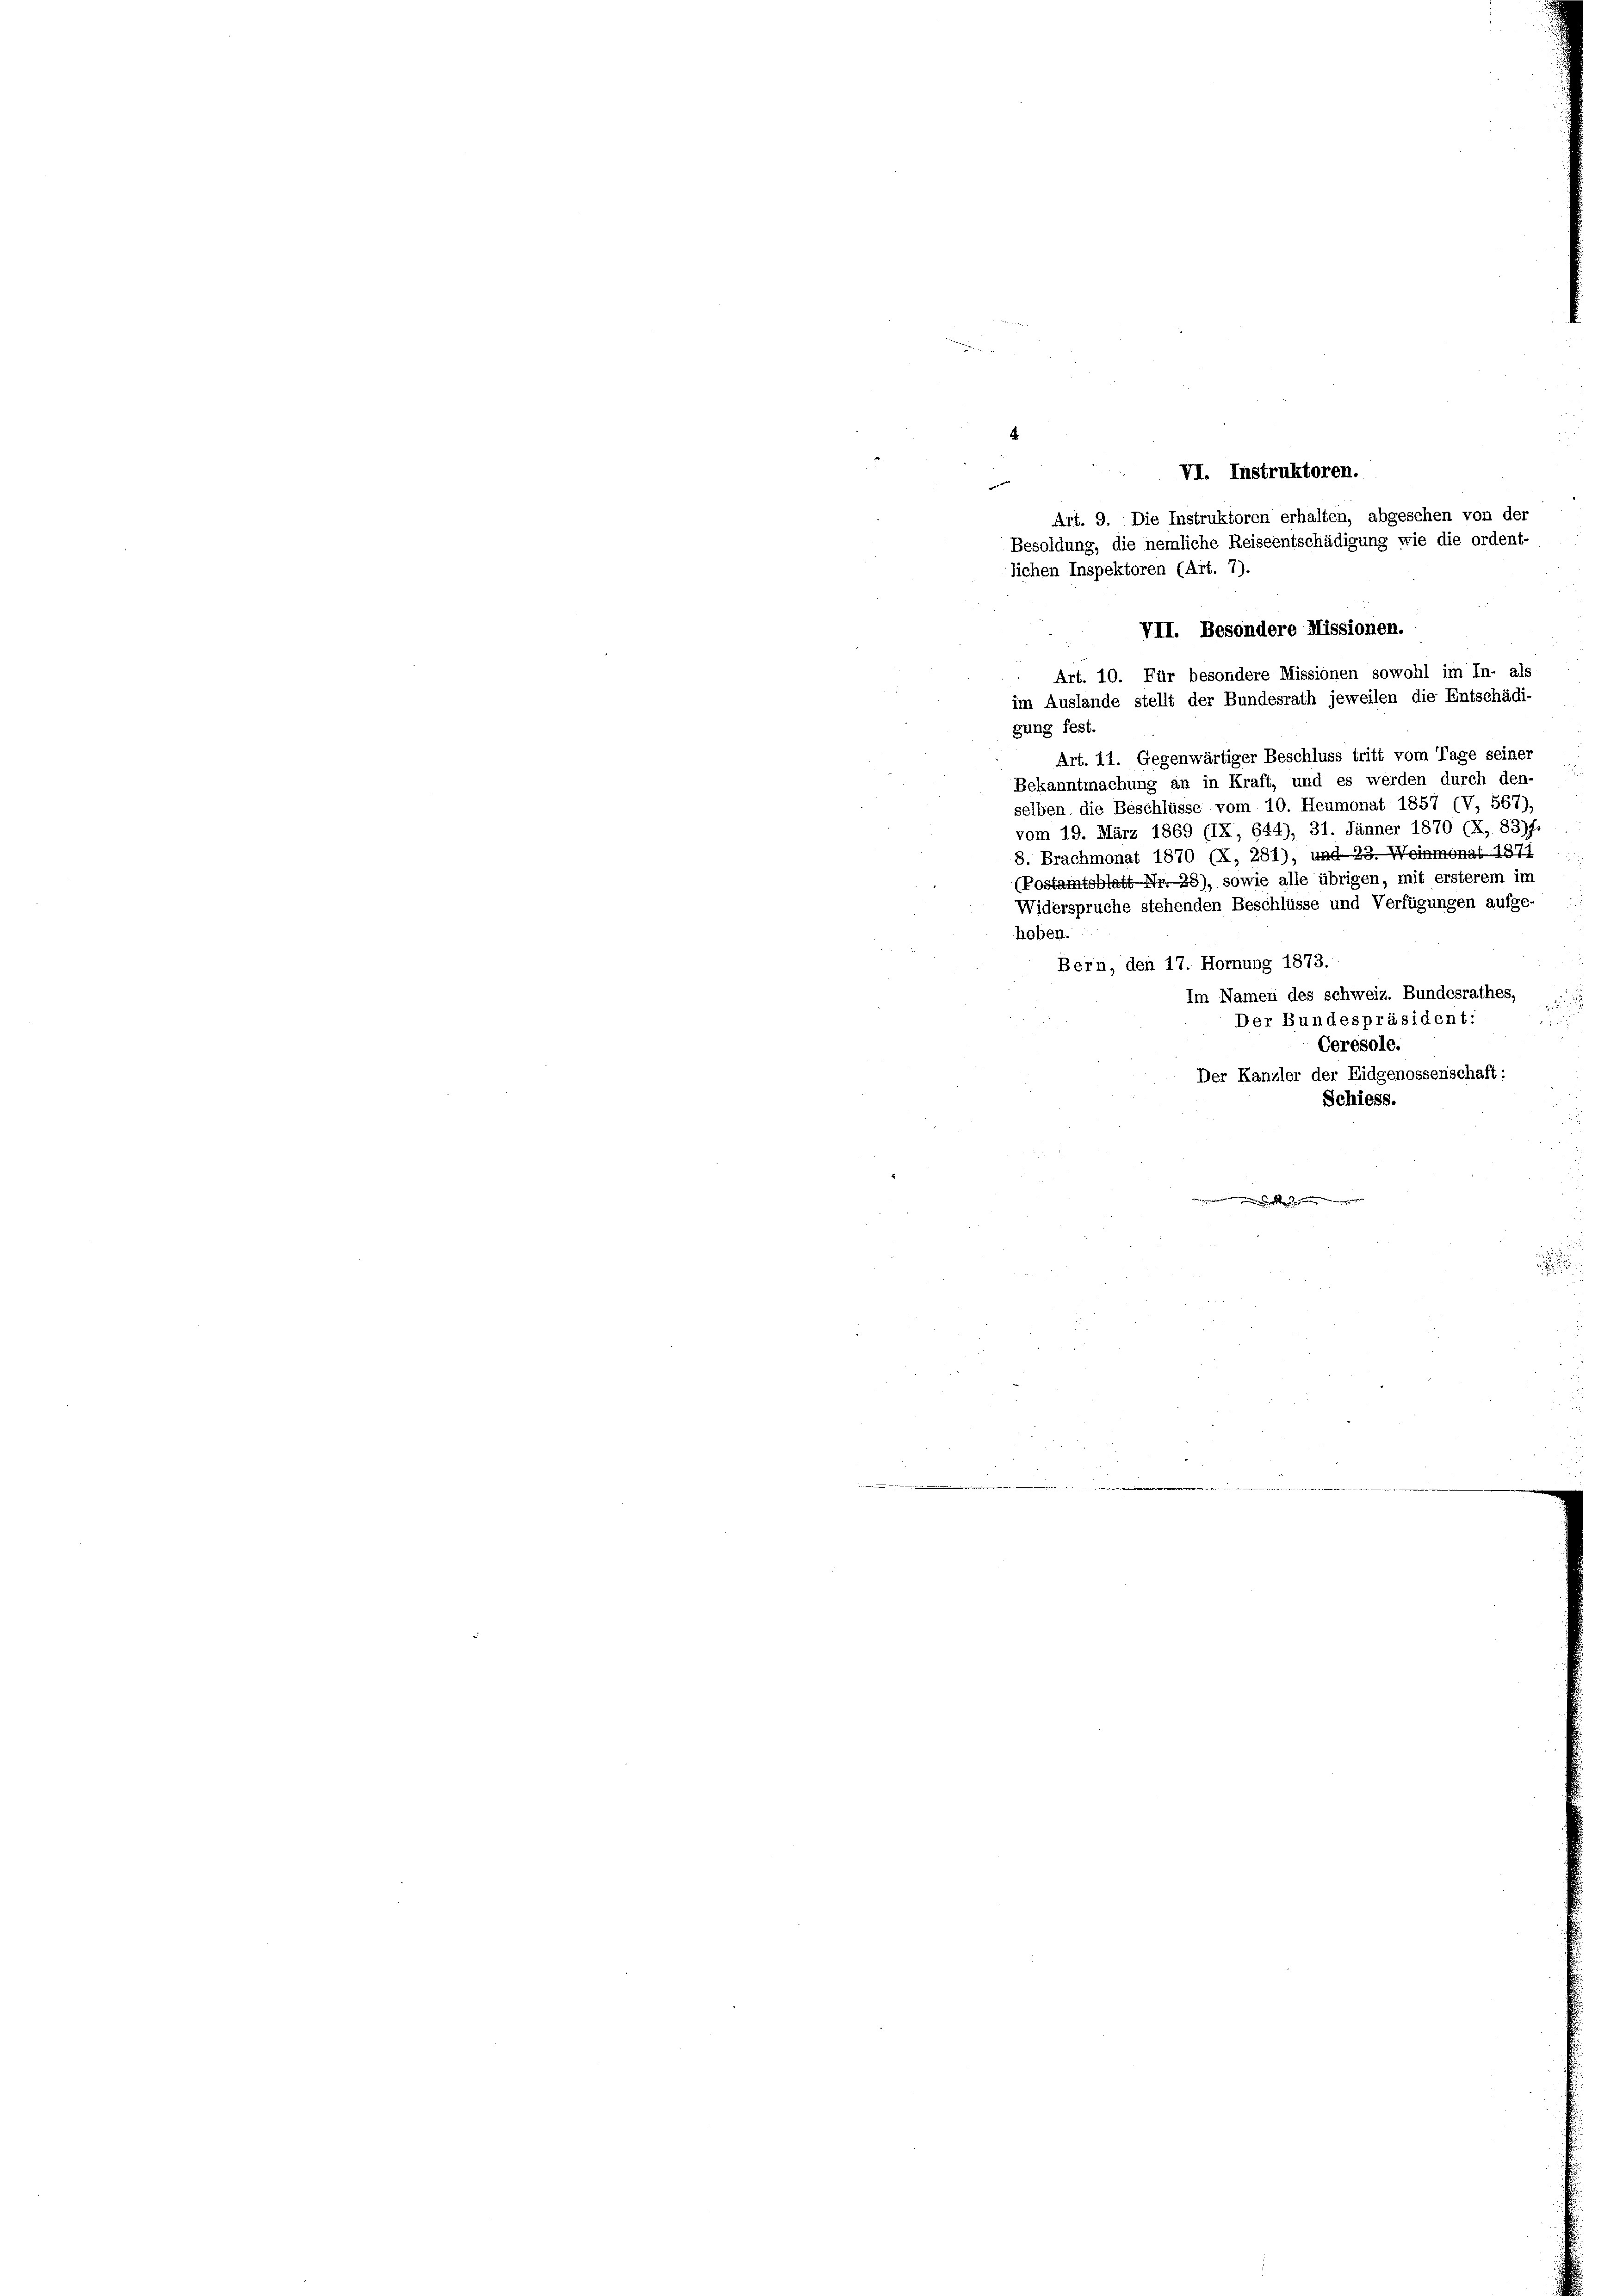
4
VI. Instruktoren.
Art. 9. Die Instruktoren erhalten, abgesehen von der
Besoldung, die nemliche Reiseentschädigung wie die ordent-
VII. Besondere Missionen.
Art. 10. Für besondere Missionen sowohl im In- als
im Auslande stellt der Bundesrath jeweilen die Entschädi-
gung fest.
Art. 11. Gegenwärtiger Beschluss tritt vom Tage seiner
Bekanntmachung an in Kraft, und es werden durch den-
selben die Beschlüsse vom 10. Heumonat 1857 (V, 567),
vom 19. März 1869 (IX, 644), 31. Jänner 1870 (X, 83) f.
8. Brachmonat 1870 (X, 281), und 23. Weinmonat 1871
(Postamtsblatt Nr.23), sowie alle übrigen, mit ersterem im
Widerspruche stehenden Beschlüsse und Verfügungen aufge-
hoben.
Bern, den 17. Hornung 1873.
Im Namen des schweiz. Bundesrathes,
Der Bundespräsident:
Ceresole.
Der Kanzler der Eidgenossenschaft:
Schiess.

.
lichen Inspektoren (Art. 7).